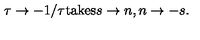
\tau \rightarrow - 1 / \tau \mathrm { t a k e s } s \rightarrow n , n \rightarrow - s .